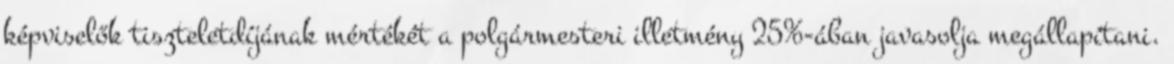
képviselők tiszteletdíjának mértékét a polgármesteri illetmény 25%-ában javasolja megállapítani.